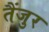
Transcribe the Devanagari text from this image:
तैंजुर